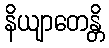
နိယျာတေန္တိ